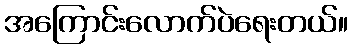
အကြောင်းလောက်ပဲရေးတယ်။